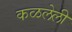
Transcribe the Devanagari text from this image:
कळलेली